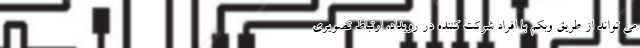
می تواند از طریق وبکم با افراد شرکت کننده در رویداد، ارتباط تصویری